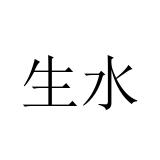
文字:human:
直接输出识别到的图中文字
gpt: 生水